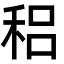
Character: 稆